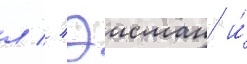
л // Эисман и́